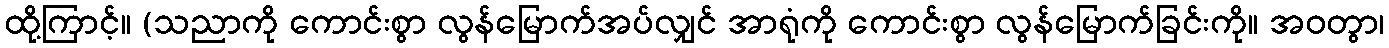
ထို့ကြာင့်။ (သညာကို ကောင်းစွာ လွန်မြောက်အပ်လျှင် အာရုံကို ကောင်းစွာ လွန်မြောက်ခြင်းကို။ အဝတွာ၊